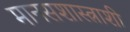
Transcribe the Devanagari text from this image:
मानसशास्त्राशी